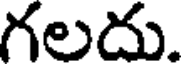
గలదు.